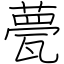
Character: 甍